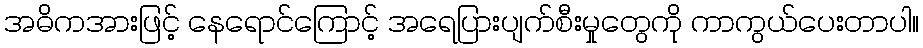
အဓိကအားဖြင့် နေရောင်ကြောင့် အရေပြားပျက်စီးမှုတွေကို ကာကွယ်ပေးတာပါ။